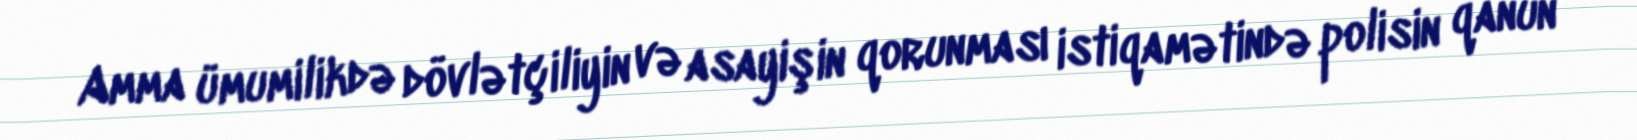
Amma ümumilikdə dövlətçiliyin və asayişin qorunması istiqamətində polisin qanun